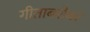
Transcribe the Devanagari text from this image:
गीताबरोबर